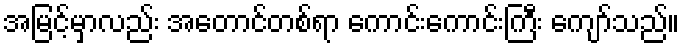
အမြင့်မှာလည်း အတောင်တစ်ရာ ကောင်းကောင်းကြီး ကျော်သည်။